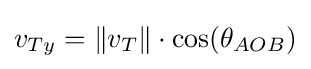
v_{Ty}=\lVert v_{T}\rVert \cdot \cos(\theta _{AOB})